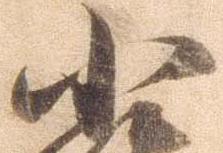
小